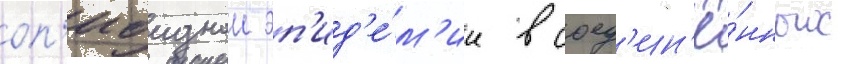
оп'иоиднои эп'ид'е́м'ии в соед'ин'ё́нных